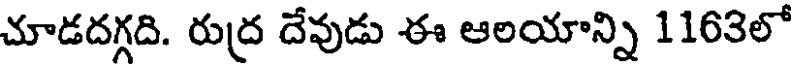
చూడదగ్గది. రుద్ర దేవుడు ఈ ఆలయాన్ని 1163లో